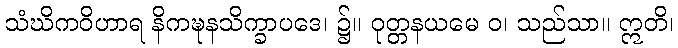
သံဃိကဝိဟာရ နိကဍ္ဎနသိက္ခာပဒေ၊ ၌။ ဝုတ္တနယမေ ဝ၊ သည်သာ။ ဣတိ၊